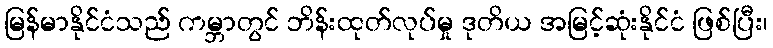
မြန်မာနိုင်ငံသည် ကမ္ဘာတွင် ဘိန်းထုတ်လုပ်မှု ဒုတိယ အမြင့်ဆုံးနိုင်ငံ ဖြစ်ပြီး၊